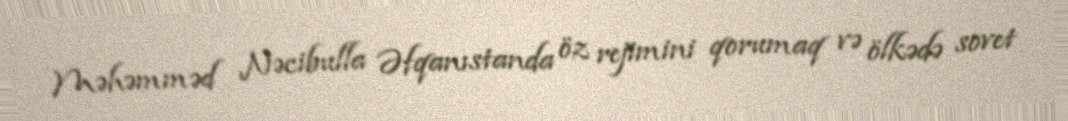
Məhəmməd Nəcibulla Əfqanıstanda öz rejimini qorumaq və ölkədə sovet